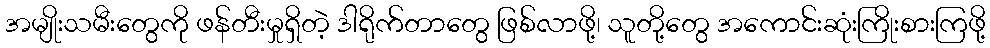
အမျိုးသမီးတွေကို ဖန်တီးမှုရှိတဲ့ ဒါရိုက်တာတွေ ဖြစ်လာဖို့၊ သူတို့တွေ အကောင်းဆုံးကြိုးစားကြဖို့